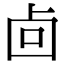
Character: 㔽